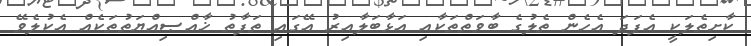
ކާށިތެލަކީ އެފަދަ އެހެން ތެލުގެ ބާވަތްތަކާއި އަޅާބަލާއިރު އޭގައި ތަފާތު ޚާއްޞިއްޔަތުތަކެއް އެކުލެވޭ